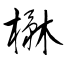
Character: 楙